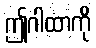
ဤဂါထာကို